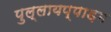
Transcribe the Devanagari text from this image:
पुल्लायप्पाड़म